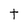
Character: t